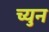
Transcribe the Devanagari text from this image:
च्युन